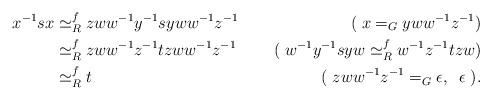
LaTeX: \begin{align*}x^{-1}sx&\simeq_R^f zww^{-1}y^{-1}syww^{-1}z^{-1}&(\; x =_G yww^{-1}z^{-1})\\&\simeq_R^f zww^{-1}z^{-1}tzww^{-1}z^{-1}&(\; w^{-1}y^{-1}syw\simeq_R^f w^{-1}z^{-1}tzw)\\&\simeq_R^f t&(\; zww^{-1}z^{-1} =_G \epsilon,\; \; \epsilon\; ).\end{align*}